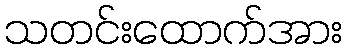
သတင်းထောက်အား